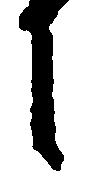
に